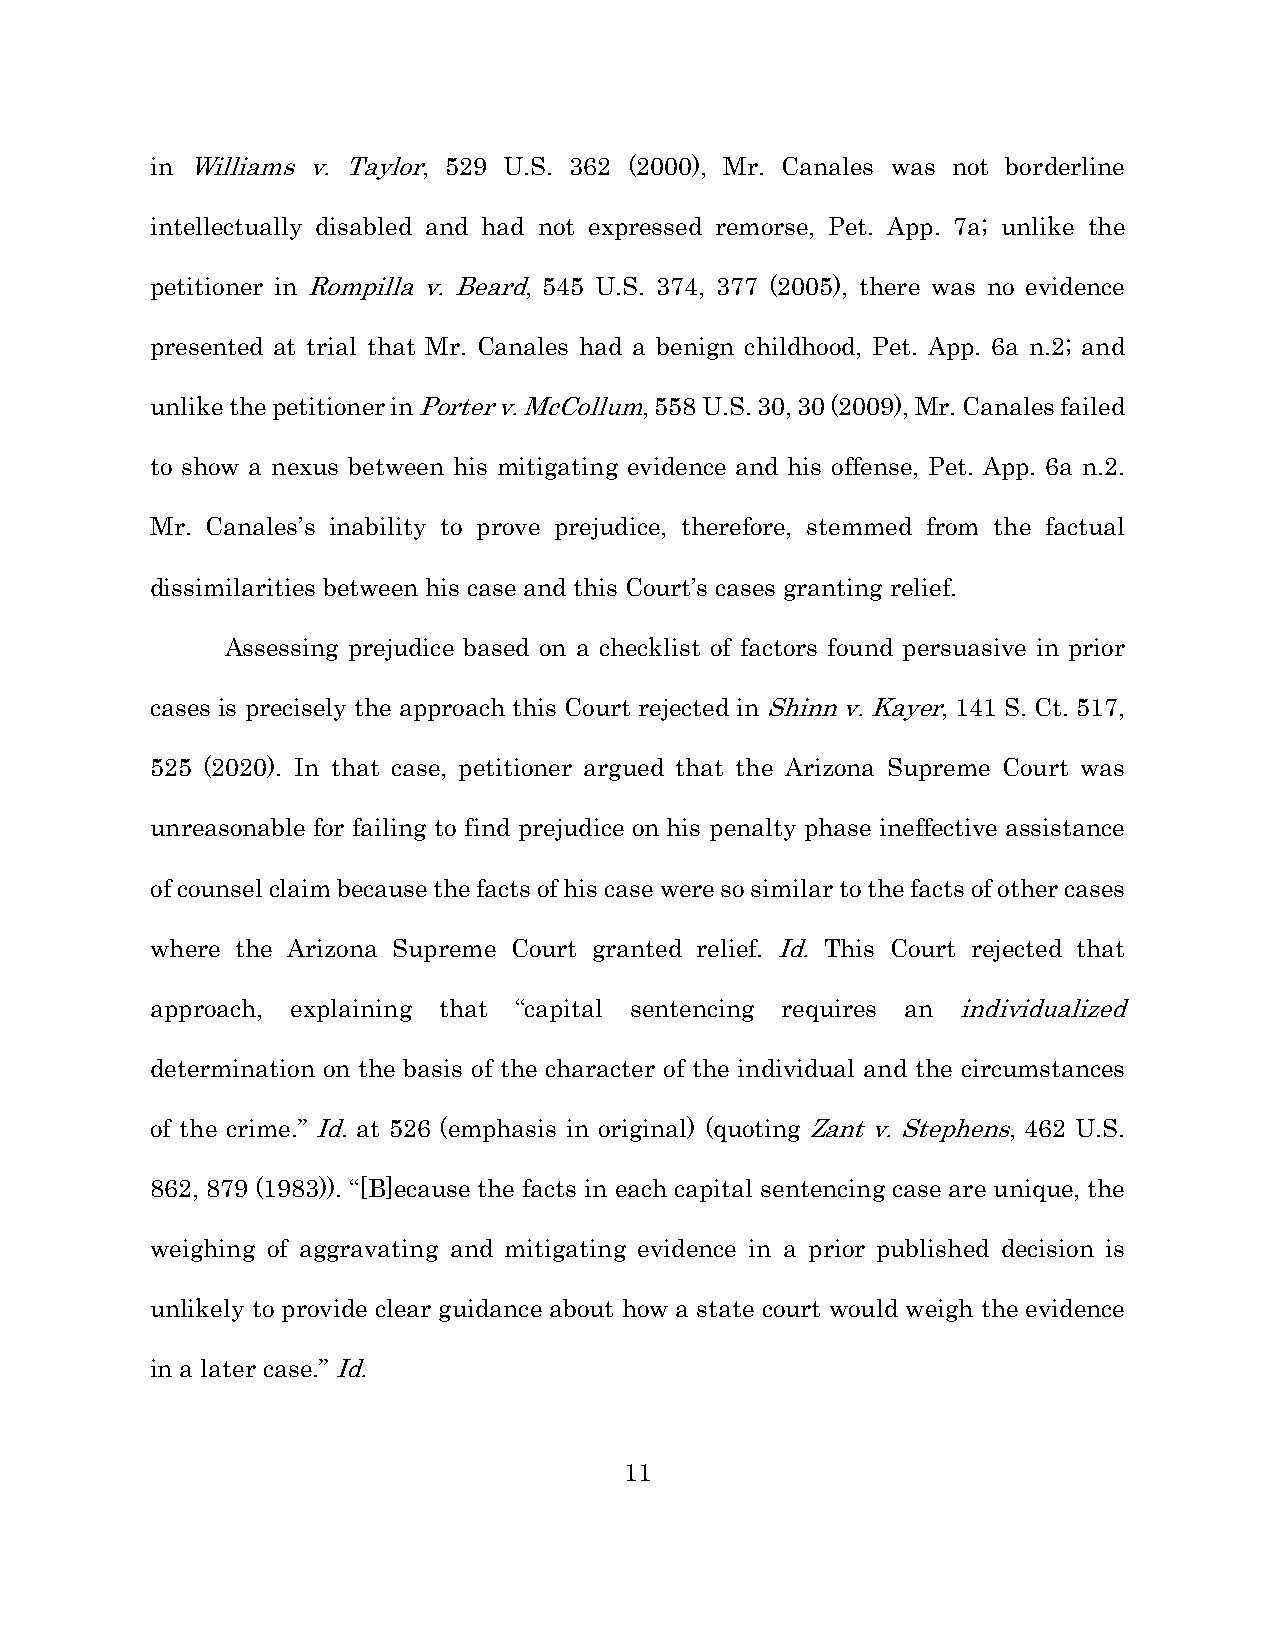
in Williams v. Taylor, 529 U.S. 362 (2000), Mr. Canales was not borderline
 intellectually disabled and had not expressed remorse, Pet. App. 7a; unlike the
 petitioner in Rompilla v. Beard, 545 U.S. 374, 377 (2005), there was no evidence
 presented at trial that Mr. Canales had a benign childhood, Pet. App. 6a n.2; and
 unlike the petitioner in Porter v. McCollum, 558 U.S. 30, 30 (2009), Mr. Canales failed
 to show a nexus between his mitigating evidence and his offense, Pet. App. 6a n.2.
 Mr. Canales’s inability to prove prejudice, therefore, stemmed from the factual
 dissimilarities between his case and this Court’s cases granting relief.
 Assessing prejudice based on a checklist of factors found persuasive in prior
 cases is precisely the approach this Court rejected in Shinn v. Kayer, 141 S. Ct. 517,
 525 (2020). In that case, petitioner argued that the Arizona Supreme Court was
 unreasonable for failing to find prejudice on his penalty phase ineffective assistance
 of counsel claim because the facts of his case were so similar to the facts of other cases
 where the Arizona Supreme Court granted relief. Id. This Court rejected that
 approach, explaining that “capital sentencing requires an individualized
 determination on the basis of the character of the individual and the circumstances
 of the crime.” Id. at 526 (emphasis in original) (quoting Zant v. Stephens, 462 U.S.
 862, 879 (1983)). “[B]ecause the facts in each capital sentencing case are unique, the
 weighing of aggravating and mitigating evidence in a prior published decision is
 unlikely to provide clear guidance about how a state court would weigh the evidence
 in a later case.” Id.
 11